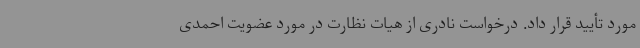
مورد تأیید قرار داد. درخواست نادری از هیات نظارت در مورد عضویت احمدی